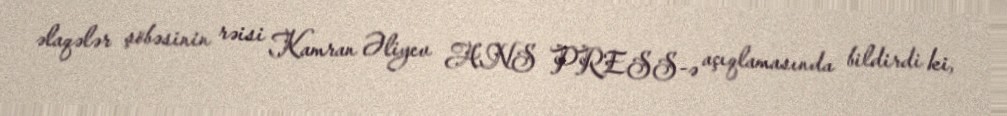
əlaqələr şöbəsinin rəisi Kamran Əliyev ANS PRESS-ə açıqlamasında bildirdi ki,